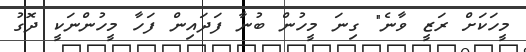
މީހަކަށް ރަޒީ ވާނެ" ގިނަ މީހުން ބުނާ ފަދައިން ފަހާ މީހުންނަކީ ދޮގު